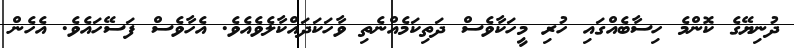
ދުނިޔޭގެ ކޮންމެ ހިސާބެއްގައި ހުރި މީހަކާވެސް ދަތިކަމެއްނެތި ވާހަކަދައްކާލެވެއެވެ. އެހާވެސް ފަސޭހައެވެ. އެހެން